Lunatic asylums Punjab 1868-1880 - 1868-1880
Year: 1868
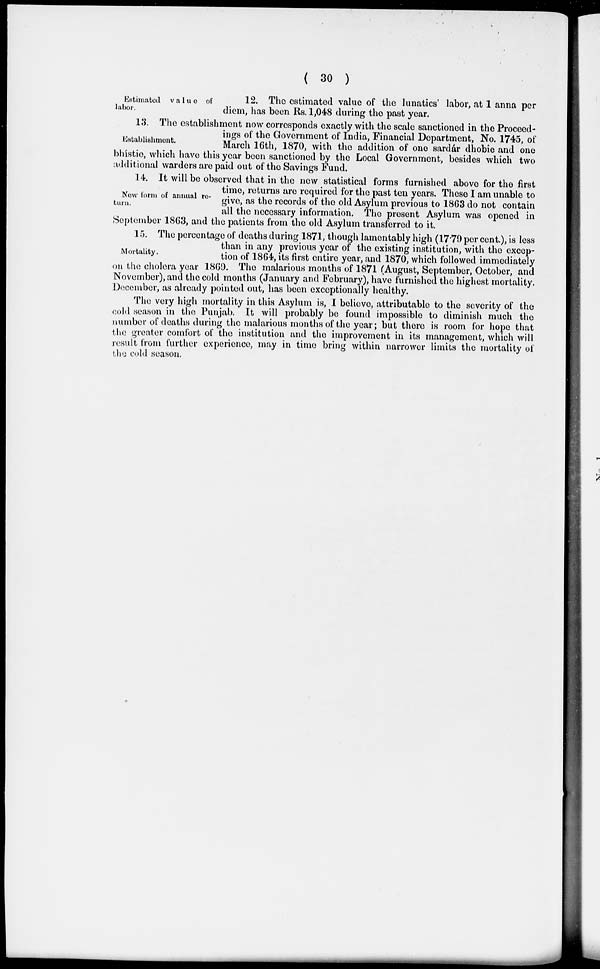
( 30 )
Estimated va1ue of
labor.
12. The estimated value of the lunatics' labor, at 1 anna per
diem, has been Rs. 1,048 during the past year.
Establishment.
13. The establishment now corresponds exactly with the scale sanctioned in the Proceed-
ings of the Government of India, Financial Department, No. 1745, of
March 16th, 1870, with the addition of one sardár dhobie and one
bhistie, which have this year been sanctioned by the Local Government, besides which two
additional warders are paid out of the Savings Fund.
Now form of annual re-
turn.
14. It will be observed that in the new statistical forms furnished above for the first
time, returns are required for the past ten years. These I am unable to
give, as the records of the old Asylum previous to 1863 do not contain
all the necessary information. The present Asylum was opened in
September 1863, and the patients from the old Asylum transferred to it.
Mortality.
15. The percentage of deaths during 1871, though lamentably high (17.79 per cent.), is less
than in any previous year of the existing institution, with the excep-
tion of 1864, its first entire year, and 1870, which followed immediately
on the cholera year 1869. The malarious months of 1871 (August, September, October, and
November), and the cold months (January and February), have furnished the highest mortality.
December, as already pointed out, has been exceptionally healthy.
The very high mortality in this Asylum is, I believe, attributable to the severity of the
cold season in the Punjab. It will probably be found impossible to diminish much the
number of deaths during the malarious months of the year; but there is room for hope that
the greater comfort of the institution and the improvement in its management, which will
result from further experience, may in time bring within narrower limits the mortality of
the cold season.